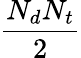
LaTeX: \frac{N_{d}N_{t}}{2}